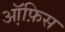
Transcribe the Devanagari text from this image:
ऑ़फ़िस